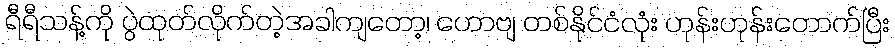
ရီရီသန့်ကို ပွဲထုတ်လိုက်တဲ့အခါကျတော့၊ ဟောဗျ တစ်နိုင်ငံလုံး ဟုန်းဟုန်းတောက်ပြီး